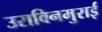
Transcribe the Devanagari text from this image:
उराविनमुराई